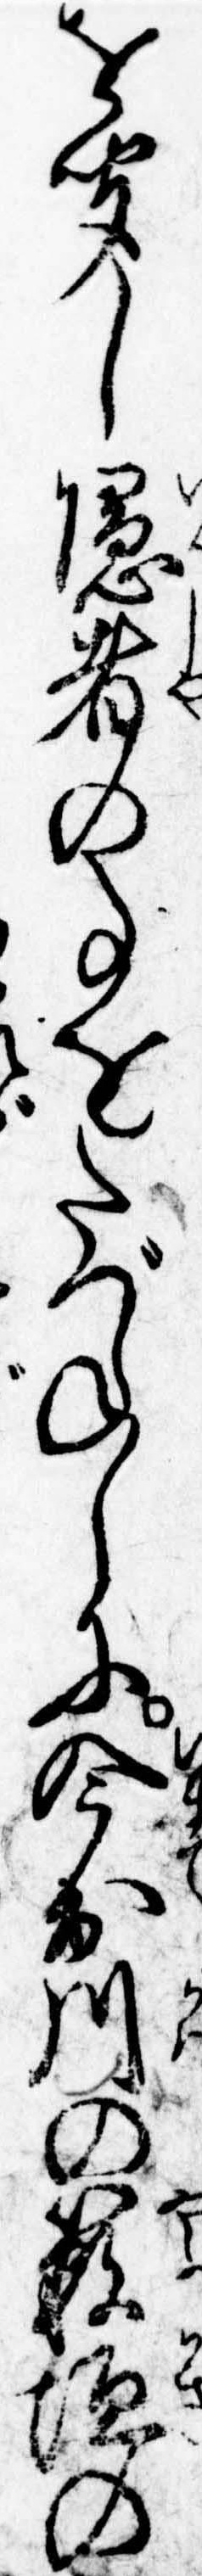
を聞し隠者の事をたづねしに今出川の薮垣の